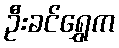
ဦးခင်ရွှေက